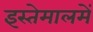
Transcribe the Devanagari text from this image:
इस्तेमालमें